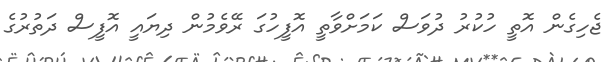
ޖެހިގެން އޮތީ ހުކުރު ދުވަސް ކަމަށްވާތީ އޮފީހުގަ ރޭވެމުން ދިޔައީ އޮފީސް ދަތުރުގެ